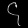
Digit: ၄